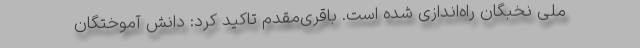
ملی نخبگان راه‌اندازی شده است. باقری‌مقدم تاکید کرد: دانش آموختگان